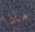
ماذا